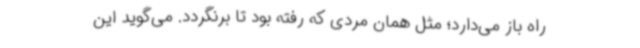
راه باز می‌دارد؛ مثل همان مردی که رفته بود تا برنگردد. می‌گوید این